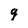
Character: g